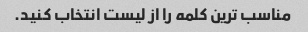
مناسب ترین کلمه را از لیست انتخاب کنید.